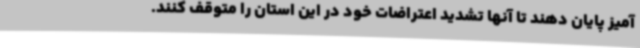
آمیز پایان دهند تا آنها تشدید اعتراضات خود در این استان را متوقف کنند.